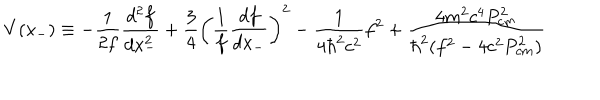
V ( x _ { - } ) \equiv - \frac { 1 } { 2 f } \frac { d ^ { 2 } f } { d x _ { - } ^ { 2 } } + \frac { 3 } { 4 } \left( \frac { 1 } { f } \frac { d f } { d x _ { - } } \right) ^ { 2 } - \frac { 1 } { 4 { \hbar } ^ { 2 } c ^ { 2 } } f ^ { 2 } + \frac { 4 m ^ { 2 } c ^ { 4 } P _ { c m } ^ { 2 } } { { \hbar } ^ { 2 } ( f ^ { 2 } - 4 c ^ { 2 } P _ { c m } ^ { 2 } ) }